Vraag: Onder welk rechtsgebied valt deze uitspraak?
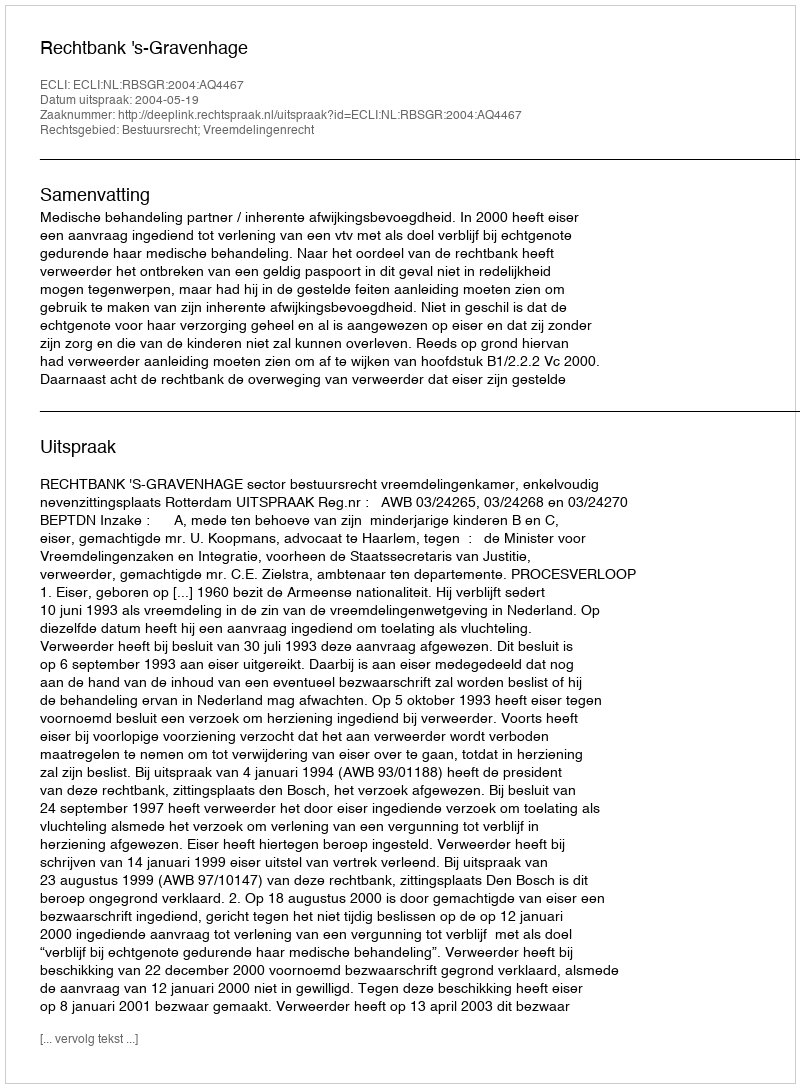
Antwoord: Bestuursrecht; Vreemdelingenrecht